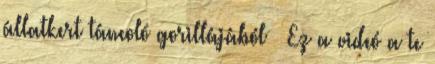
állatkert táncoló gorillájából – Ez a videó a te